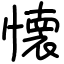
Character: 懐